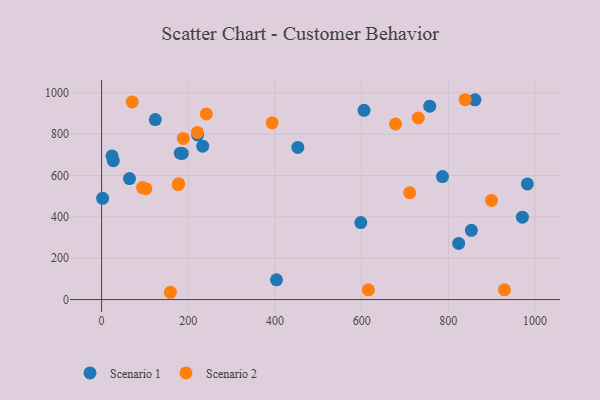
{"axis": {"x": "Experience", "y": "Salary"}, "legend": ["Scenario 1", "Scenario 2"], "data": [{"x": "861.5", "y": 965.5, "type": "Scenario 1"}, {"x": "181.6", "y": 707.6, "type": "Scenario 1"}, {"x": "233.4", "y": 741.6, "type": "Scenario 1"}, {"x": "27.0", "y": 671.7, "type": "Scenario 1"}, {"x": "64.4", "y": 585.0, "type": "Scenario 1"}, {"x": "786.5", "y": 594.7, "type": "Scenario 1"}, {"x": "757.1", "y": 935.1, "type": "Scenario 1"}, {"x": "123.9", "y": 870.1, "type": "Scenario 1"}, {"x": "403.5", "y": 95.2, "type": "Scenario 1"}, {"x": "221.6", "y": 795.6, "type": "Scenario 1"}, {"x": "605.6", "y": 914.9, "type": "Scenario 1"}, {"x": "598.0", "y": 372.1, "type": "Scenario 1"}, {"x": "24.1", "y": 694.7, "type": "Scenario 1"}, {"x": "2.4", "y": 489.6, "type": "Scenario 1"}, {"x": "970.9", "y": 398.1, "type": "Scenario 1"}, {"x": "853.2", "y": 334.7, "type": "Scenario 1"}, {"x": "982.4", "y": 559.1, "type": "Scenario 1"}, {"x": "186.2", "y": 706.5, "type": "Scenario 1"}, {"x": "823.9", "y": 271.3, "type": "Scenario 1"}, {"x": "452.8", "y": 735.5, "type": "Scenario 1"}, {"x": "94.4", "y": 541.4, "type": "Scenario 2"}, {"x": "615.6", "y": 47.0, "type": "Scenario 2"}, {"x": "241.7", "y": 897.2, "type": "Scenario 2"}, {"x": "176.7", "y": 555.9, "type": "Scenario 2"}, {"x": "929.5", "y": 47.0, "type": "Scenario 2"}, {"x": "102.2", "y": 536.2, "type": "Scenario 2"}, {"x": "177.9", "y": 560.3, "type": "Scenario 2"}, {"x": "899.6", "y": 479.4, "type": "Scenario 2"}, {"x": "730.6", "y": 877.9, "type": "Scenario 2"}, {"x": "188.6", "y": 779.1, "type": "Scenario 2"}, {"x": "838.8", "y": 966.2, "type": "Scenario 2"}, {"x": "70.7", "y": 955.4, "type": "Scenario 2"}, {"x": "158.7", "y": 35.2, "type": "Scenario 2"}, {"x": "710.9", "y": 516.3, "type": "Scenario 2"}, {"x": "678.2", "y": 848.9, "type": "Scenario 2"}, {"x": "393.5", "y": 854.3, "type": "Scenario 2"}, {"x": "221.1", "y": 808.0, "type": "Scenario 2"}]}